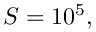
S = 1 0 ^ { 5 } ,